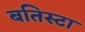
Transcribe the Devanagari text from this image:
बतिस्टा